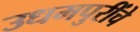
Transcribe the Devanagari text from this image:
उधमपुरींचे